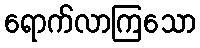
ရောက်လာကြသော